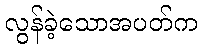
လွန်ခဲ့သောအပတ်က